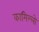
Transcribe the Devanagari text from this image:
कामिल्लो